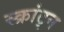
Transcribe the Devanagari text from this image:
स्क्रांट्न